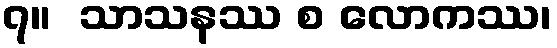
၇။  သာသနဿ စ လောကဿ၊